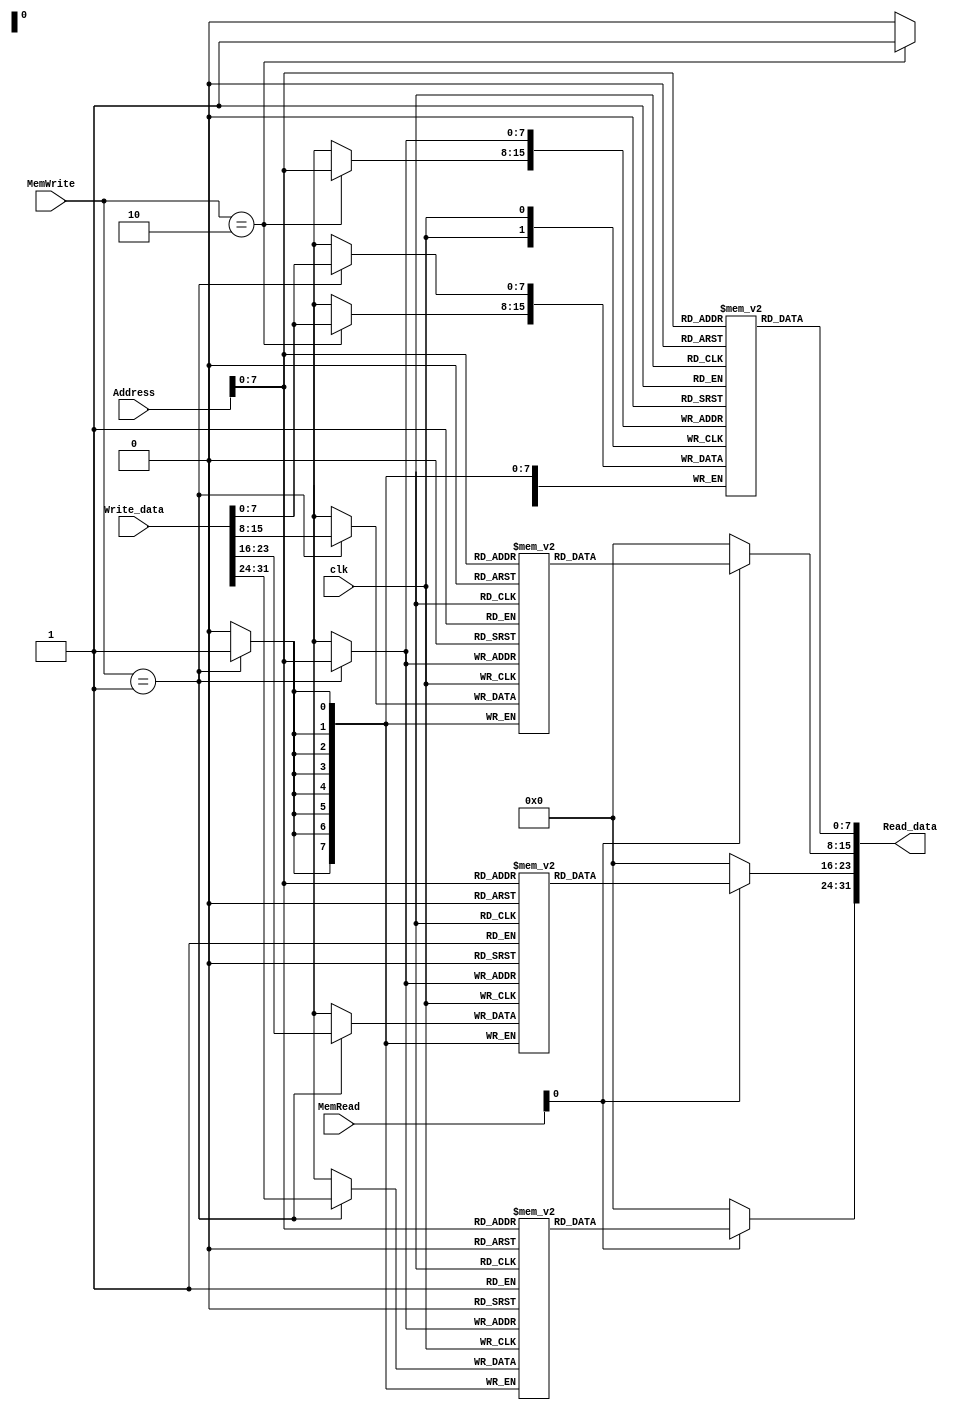
module Data_memory(Read_data, Write_data, Address, MemWrite, MemRead, clk);

output	[31:0]	Read_data;

input	[31:0]	Write_data;
input	[31:0]	Address;
input		clk;
input 	[1:0]	MemWrite,MemRead;

reg	[7:0]	memory0 [255:0];    // address0   |    memory3 - memory2 - memory1 - memory0 
reg	[7:0]	memory1 [255:0];    // address1   |    memory3 - memory2 - memory1 - memory0 
reg	[7:0]	memory2 [255:0];    // address2   |    memory3 - memory2 - memory1 - memory0 
reg	[7:0]	memory3 [255:0];    //        :		:	   :	       :	        :
	
parameter 	DoNothing = 2'b00;
parameter		WordWork = 2'b01;
parameter		ByteWork = 2'b10;

assign	Read_data[31:24] 	= (MemRead[0])? memory3[Address] : 8'd0;
assign	Read_data[23:16] 	= (MemRead[0])? memory2[Address] : 8'd0;
assign	Read_data[15:8] 	= (MemRead[0])? memory1[Address] : 8'd0;
assign	Read_data[7:0] 	= memory0[Address] ;

always@(negedge clk)	begin	
	case(MemWrite)
		{WordWork}:	begin
						memory3[Address] = Write_data[31:24];
						memory2[Address] = Write_data[23:16];
						memory1[Address] = Write_data[15:8];
						memory0[Address] = Write_data[7:0];
				end
		{ByteWork}:  	begin	
						//memory3[Address] = 8'd0;
						//memory2[Address] = 8'd0;
						//memory1[Address] = 8'd0;
						memory0[Address] = Write_data[7:0];					
				end
	endcase
end
endmodule